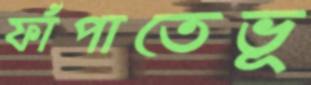
ফাঁপাতেভূ